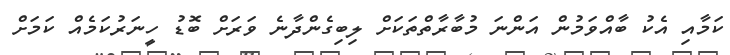
ކަމާއި އެކު ބާއްވަމުން އަންނަ މުބާރާތްތަކަށް ލިބިގެންދާނެ ވަރަށް ބޮޑު ހީނަރުކަމެއް ކަމަށް